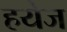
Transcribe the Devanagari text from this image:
हयेज